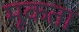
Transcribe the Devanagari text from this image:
मूकता